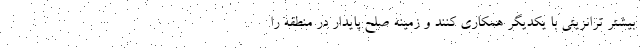
بیشتر ترانزیتی با یکدیگر همکاری کنند و زمینه صلح پایدار در منطقه را